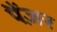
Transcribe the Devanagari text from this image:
पैंज़र